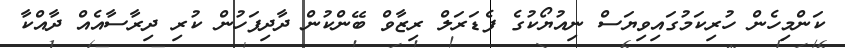
ކަންމިހެން ހުރިކަމުގައިވިޔަސް ނިއުޔޯކުގެ ފެޑަރަލް ރިޒާވް ބޭންކުން ދާދިފަހުން ކުރި ދިރާސާއެއް ދާއްކާ